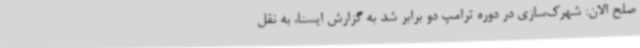
صلح الان: شهرک‌سازی در دوره ترامپ دو برابر شد به گزارش ایسنا، به نقل